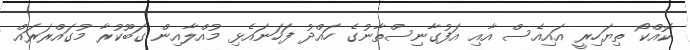
ކޮއްކޯ ތިޔަހިރީ އައިއެސް އާއި އަފުގާނިސްތާނުގެ ހައްދު ފަހަނައެޅި މުއްލާއިން ގަބޫކުރާ މުގައްރަރައް